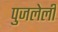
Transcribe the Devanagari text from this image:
पुजलेली